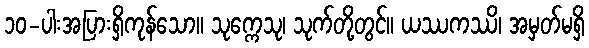
၁၀-ပါးအပြားရှိကုန်သော။ သုက္ကေသု၊ သုက်တို့တွင်။ ယဿကဿိ၊ အမှတ်မရှိ